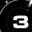
Digit: 3